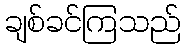
ချစ်ခင်ကြသည်